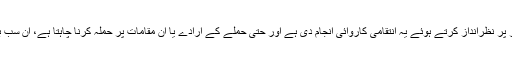
ایک اور مسئلہ یہ ہے کہ پینٹاگون نے عراقی حکومت کو مکمل طور پر نظرانداز کرتے ہوئے یہ انتقامی کاروائی انجام دی ہے اور حتیٰ حملے کے ارادے یا ان مقامات پر حملہ کرنا چاہتا ہے، ان سب باتوں سے بغداد حکومت کو آگاہ کرنے کی بھی زحمت نہیں کی ہے۔